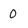
Character: 0